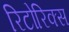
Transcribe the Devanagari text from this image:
रिटोरिक्स